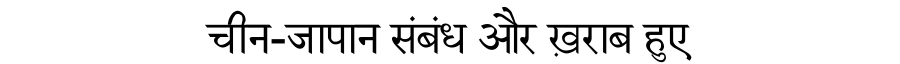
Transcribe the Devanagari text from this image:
चीन-जापान संबंध और ख़राब हुए